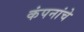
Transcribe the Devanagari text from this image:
कंपनांचे